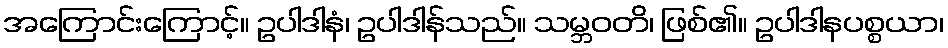
အကြောင်းကြောင့်။ ဥပါဒါနံ၊ ဥပါဒါန်သည်။ သမ္ဘဝတိ၊ ဖြစ်၏။ ဥပါဒါနပစ္စယာ၊